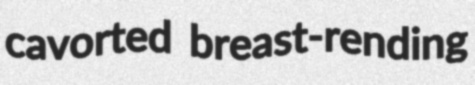
cavorted breast-rending